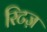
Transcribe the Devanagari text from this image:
रिटज़